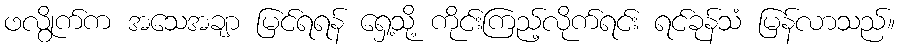
ဖလွိုက်က အသေအချာ မြင်ရရန် ရှေ့သို့ ကိုင်းကြည့်လိုက်ရင်း ရင်ခုန်သံ မြန်လာသည်။